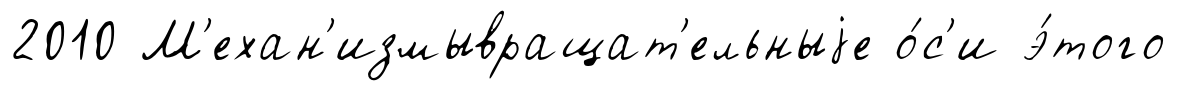
2010 М'ехан'измывращат'ельныjе о́с'и э́того